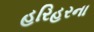
હરિહરના